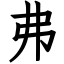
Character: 弗